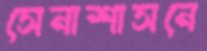
সেনাশাসনে